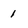
Character: 1